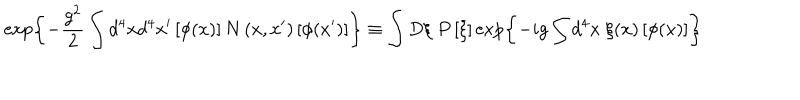
\exp \left\{ - \frac { g ^ { 2 } } 2 \int d ^ { 4 } x d ^ { 4 } x ^ { \prime } \left[ \phi ( x ) \right] N \left( x , x ^ { \prime } \right) \left[ \phi ( x ^ { \prime } ) \right] \right\} \equiv \int D \xi \; P \left[ \xi \right] \exp \left\{ - i g \int d ^ { 4 } x \; \xi ( x ) \left[ \phi ( x ) \right] \right\}